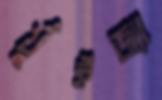
খুঁইজ্যা